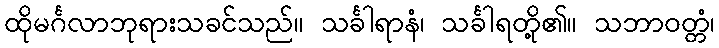
ထိုမင်္ဂလာဘုရားသခင်သည်။ သင်္ခါရာနံ၊ သင်္ခါရတို့၏။ သဘာဝတ္တံ၊